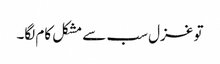
تو غزل سب سے مشکل کام لگا۔